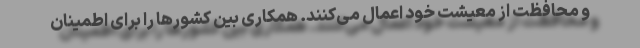
و محافظت از معیشت خود اعمال می‌کنند. همکاری بین کشورها را برای اطمینان